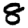
Digit: 8